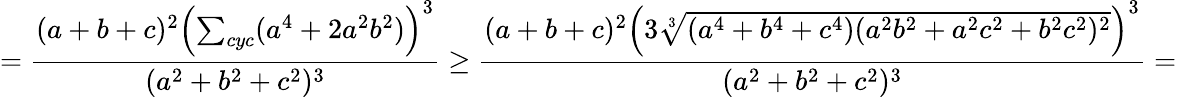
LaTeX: =\frac{(a+b+c)^{2}\left(\sum_{cyc}(a^{4}+2a^{2}b^{2})\right)^{3}}{(a^{2}+b^{2}+c^{2})^{3}}\geq\frac{(a+b+c)^{2}\left(3\sqrt[3]{(a^{4}+b^{4}+c^{4})(a^{2}b^{2}+a^{2}c^{2}+b^{2}c^{2})^{2}}\right)^{3}}{(a^{2}+b^{2}+c^{2})^{3}}=